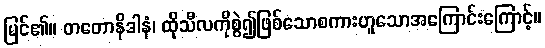
မြင်၏။ တတောနိဒါနံ၊ ထိုသီလကိုစွဲ၍ဖြစ်သောစကားဟူသောအကြောင်းကြောင့်။